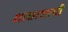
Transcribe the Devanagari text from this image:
शाखाशायी